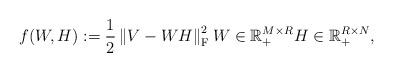
LaTeX: \begin{align*} f (W,H) := \frac{1}{2} \left\| V - WH \right\|^2_{\mathrm{F}} W \in \mathbb{R}_+^{M \times R} H \in \mathbb{R}_+^{R \times N},\end{align*}